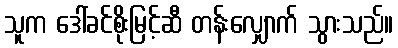
သူက ဒေါ်ခင်စိုးမြင့်ဆီ တန်းလျှောက် သွားသည်။